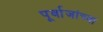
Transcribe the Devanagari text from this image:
पूर्वाजांच्या